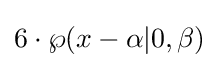
6\cdot \wp (x-\alpha |0,\beta )